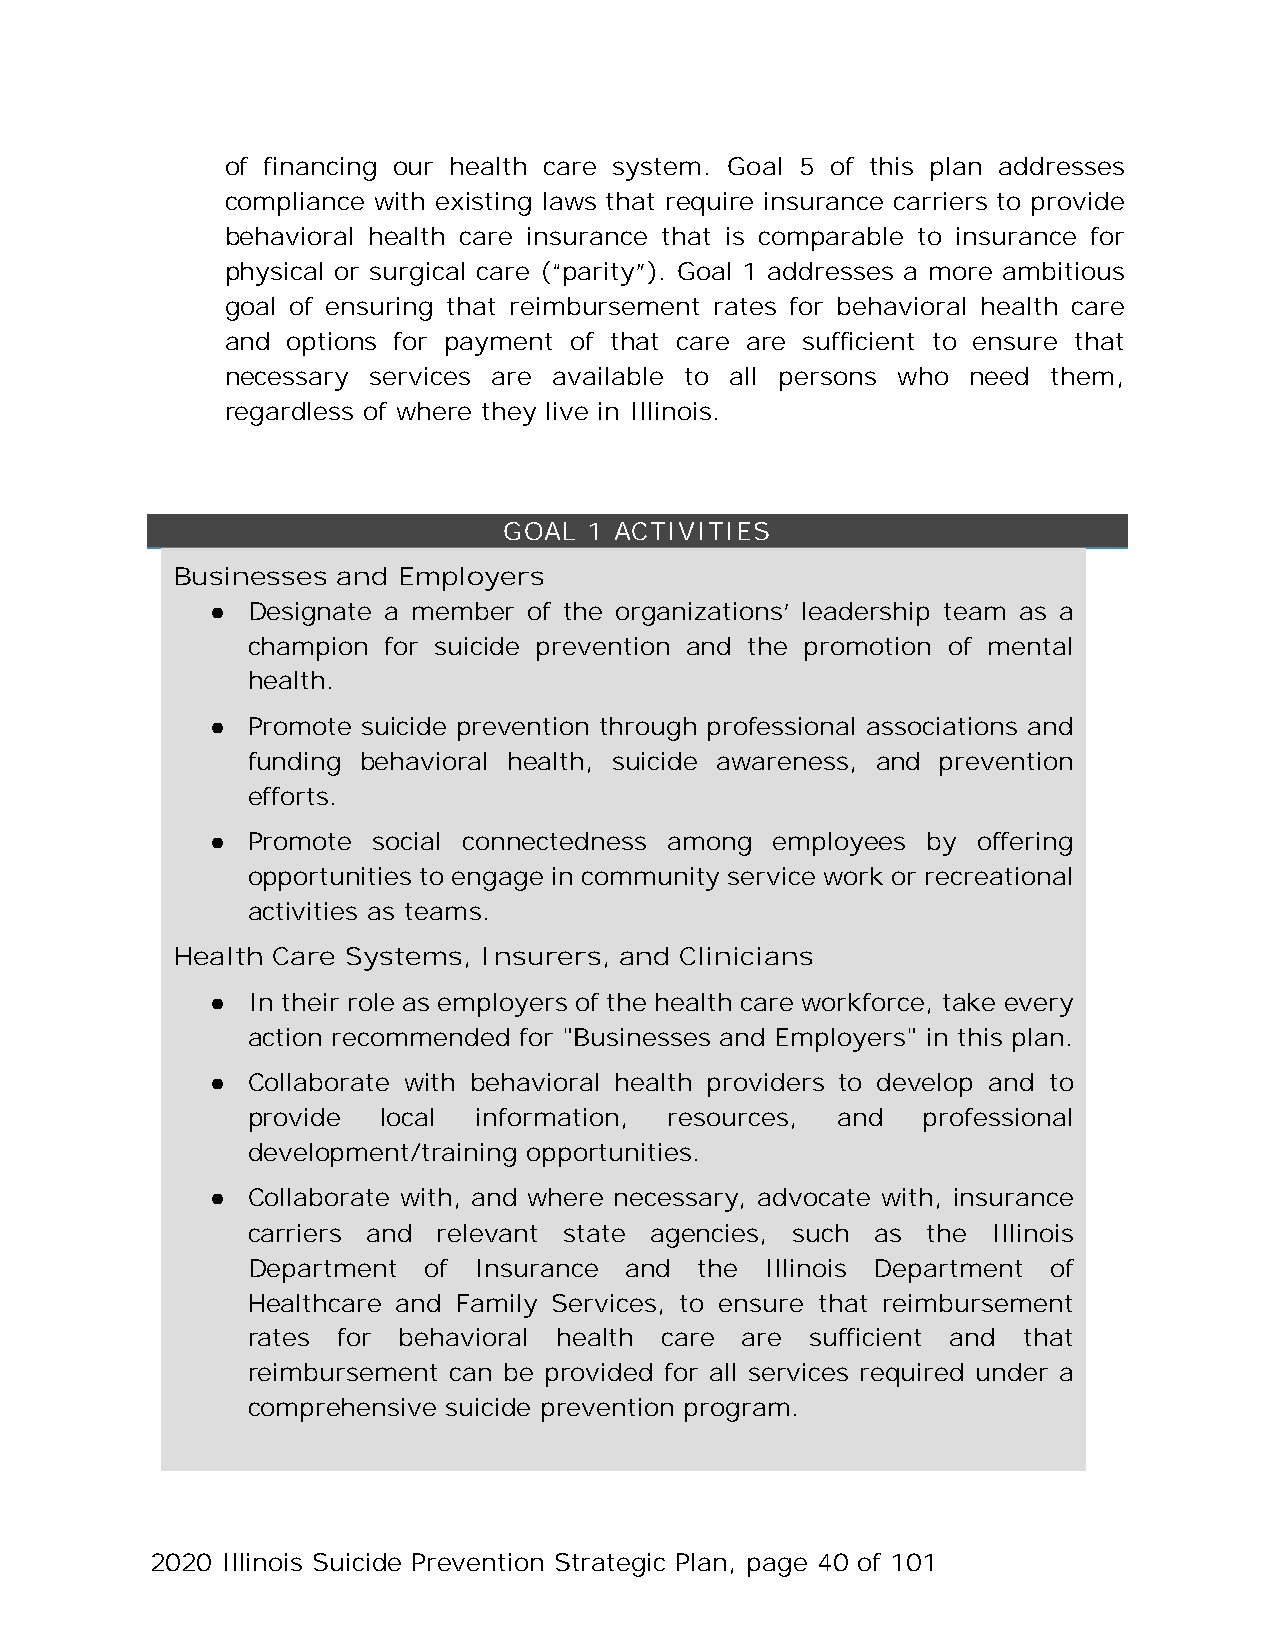
of financing our health care system. Goal 5 of this plan addresses
 compliance with existing laws that require insurance carriers to provide
 behavioral health care insurance that is comparable to insurance for
 physical or surgical care (“parity”). Goal 1 addresses a more ambitious
 goal of ensuring that reimbursement rates for behavioral health care
 and options for payment of that care are sufficient to ensure that
 necessary services are available to all persons who need them,
 regardless of where they live in Illinois.
 GOAL  1 ACTIVITIES
 Businesses and Employers
 ● Designate a member of the organizations’ leadership team as a
 champion for suicide prevention and the promotion of mental
 health.
 ● Promote suicide prevention through professional associations and
 funding behavioral health, suicide awareness, and prevention
 efforts.
 ● Promote  social connectedness among employees by offering
 opportunities to engage in community service work or recreational
 activities as teams.
 Health Care Systems, Insurers, and Clinicians
 ● In their role as employers of the health care workforce, take every
 action recommended for "Businesses and Employers" in this plan.
 ● Collaborate with behavioral health providers to develop and to
 provide  local  information, resources, and  professional
 development/training opportunities.
 ● Collaborate with, and where necessary, advocate with, insurance
 carriers and relevant state agencies, such as the Illinois
 Department  of Insurance and  the  Illinois Department of
 Healthcare and Family Services, to ensure that reimbursement
 rates for behavioral health care are  sufficient and that
 reimbursement can be provided for all services required under a
 comprehensive suicide prevention program.
 2020 Illinois Suicide Prevention Strategic Plan, page 40 of 101